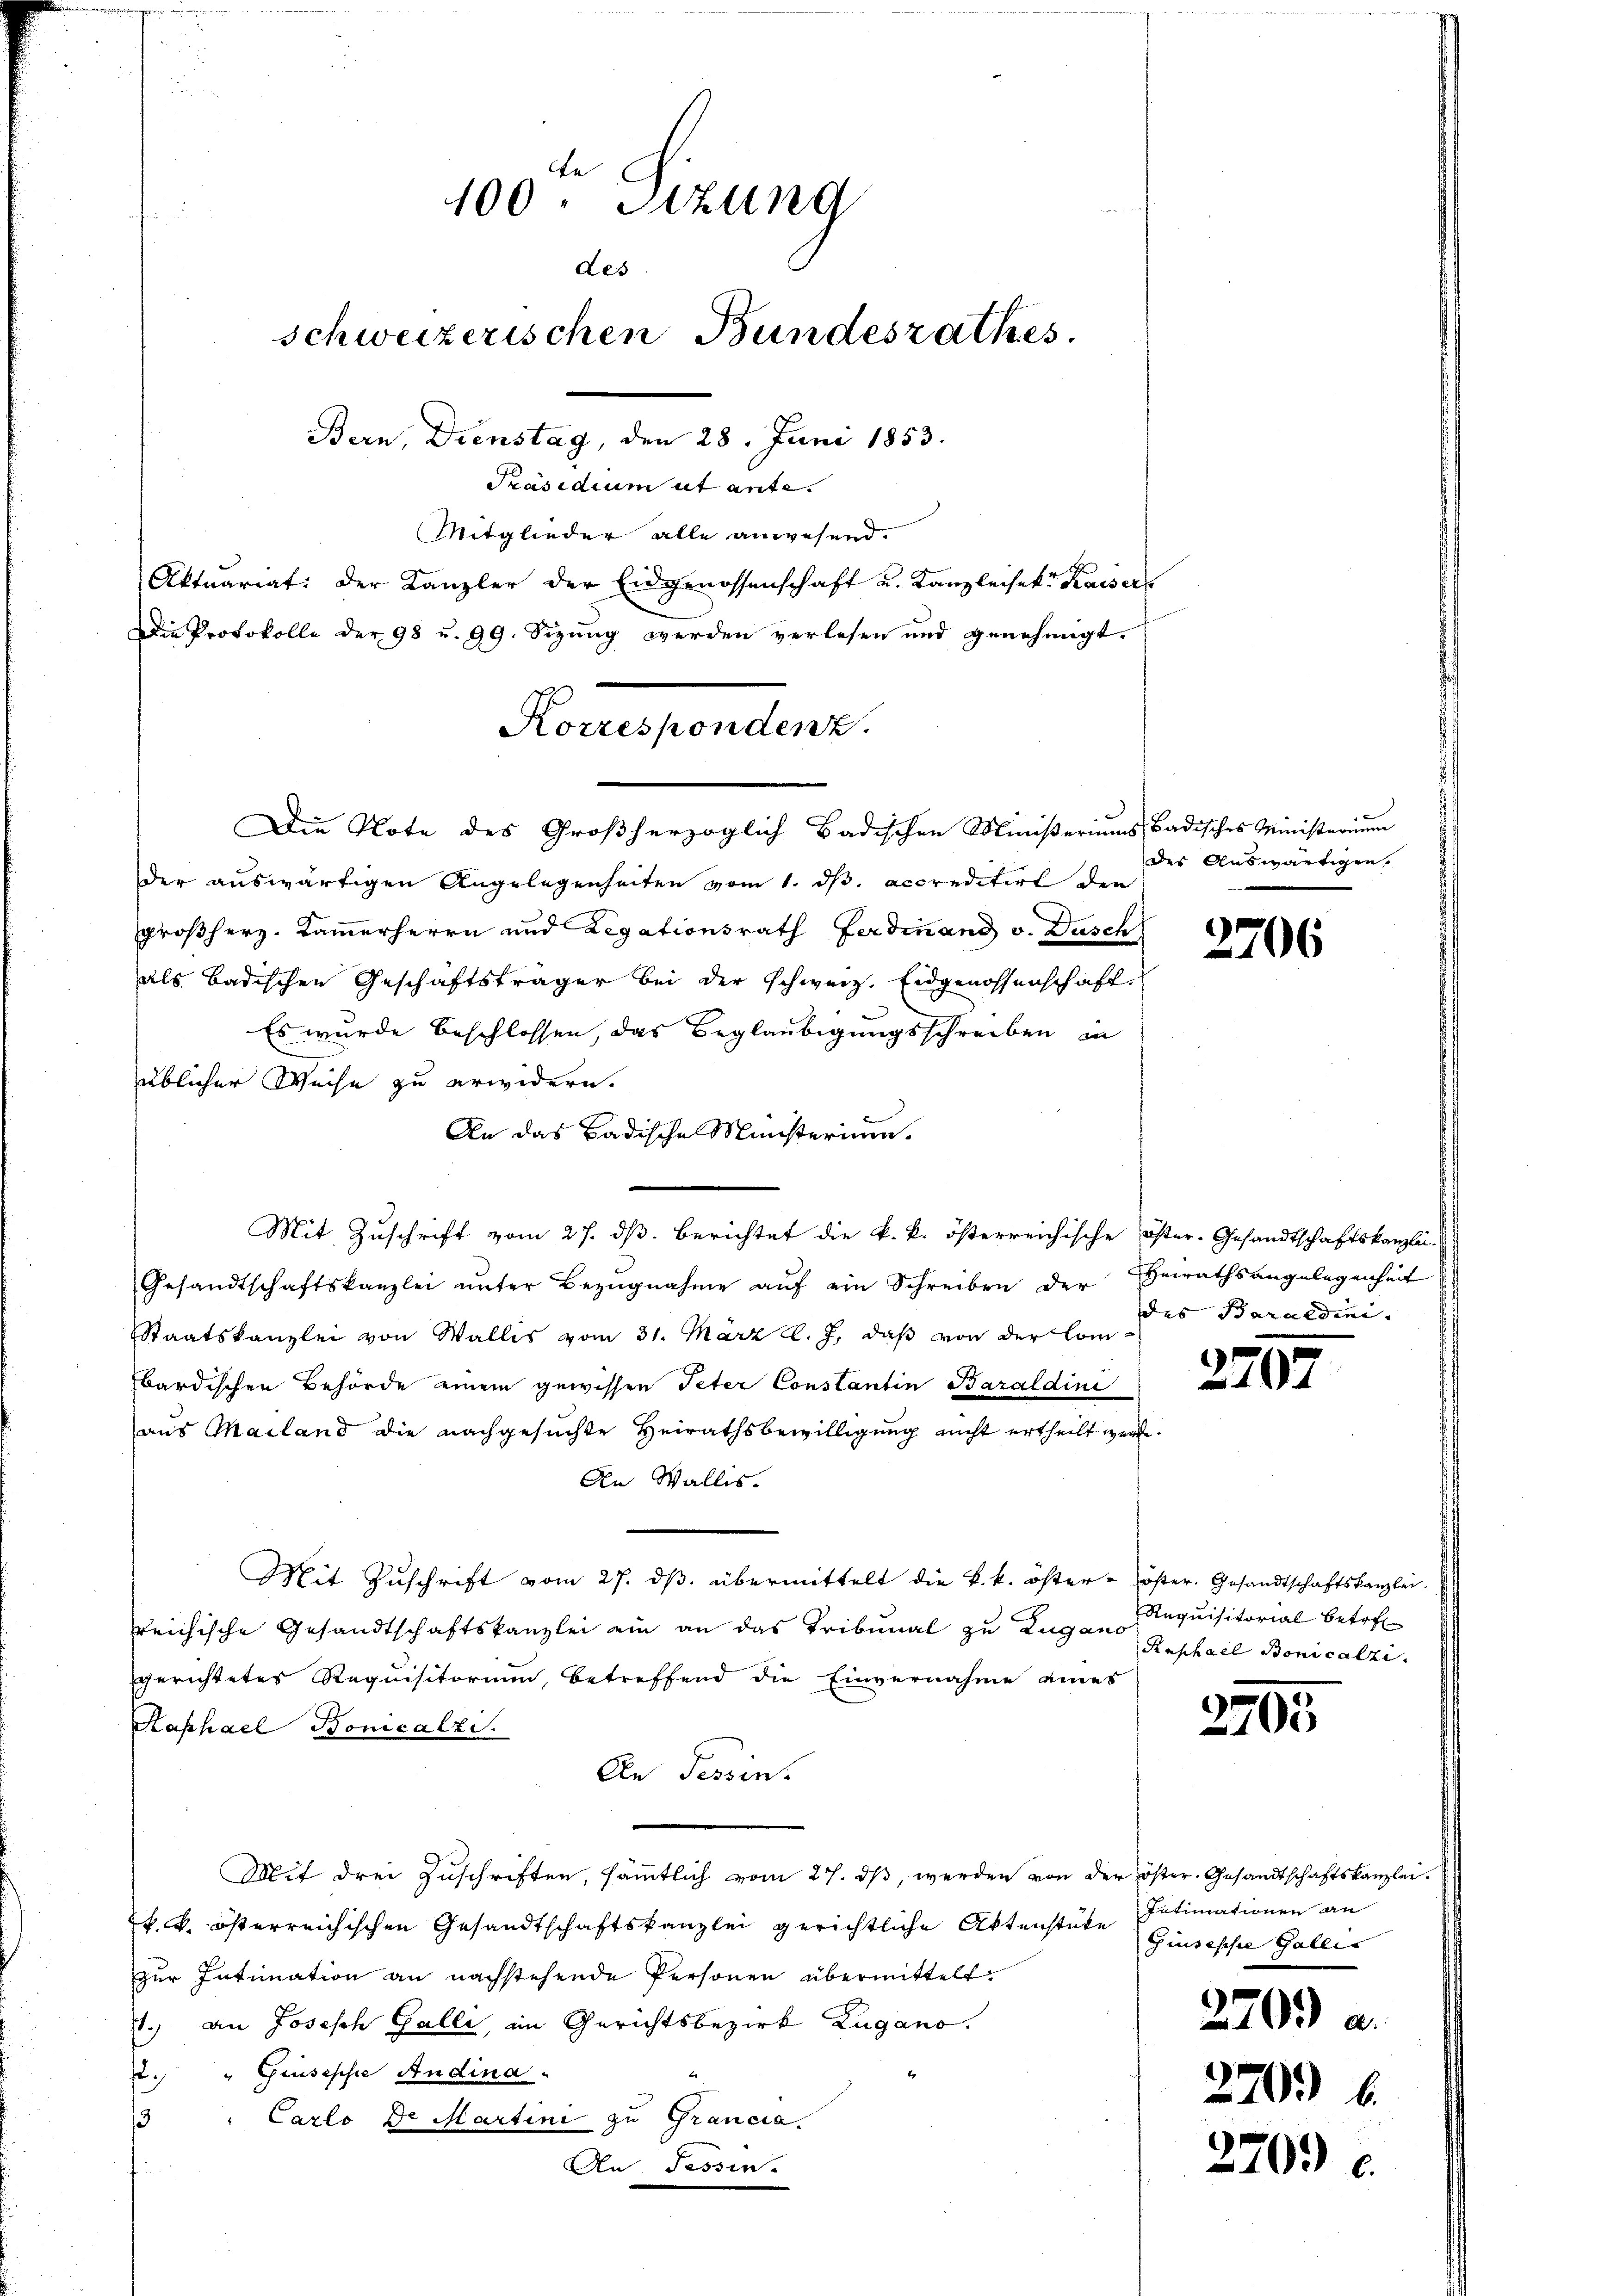
100. Sitzung
des
schweizerischen Bundesrathes.
Bern, Dienstag, den 28. Juni 1853.
Präsidium ut ante.
Mitglieder alle anwesend.
Aktuariat: der Kanzler der Eidgenossenschaft u. Kanzleiset. Kaisers

Die Note des Großherzoglich Badischen Ministeriums Badisches Ministerium
der auswärtigen Angelegenheiten vom 1. d. accreditirt die
großherz. Cammerherrn und Legationsrath Ferdinand v. Dusch
als Badischen Geschäftsträger bei der schweiz. Eidgenossenschaft
Es wurde beschlossen, das Beglaubigungsschreiben in
üblicher Weise zu erwidern.
An das Badische Ministerium.
Mit Zuschrift vom 27. dß. Berichtet die k. k. österreichische öster-Gesandtschaftskanzlei-
Gesandtschaftskanzlei ŭnter Bezŭgnahme aŭf ein Schreiben der Heirathsangelegenheit
Staatskanzlei von Wallis vom 31. März l. J., daß von der Com-
bardischen Behörde einem gewissen Peter Constantin Baraldini
aus Mailand die nachgesuchte Heirathsbewilligung nicht ertheilt werde.
An Wallis.
Mit Zŭschrift vom 27. dβ übermittelt die k. k. öster - öster. Gesandtschaftskanzlei.
reichische Gesandtschaftskanzlei ein an das Tribunal zu Zugano
gerichtetes Requisitorium, betreffend die Einvernahme eines
Kaphael Bonicalze.
An Tessin.
Mit drei Zuschriften, sämmtlich vom 27. ds, werden von der öster. Gesandtschaftskanzlei.
k. k. österreichischen Gesandtschaftskanzlei gerichtliche Aktenstute Ginsesche Galler
zŭr Intimation an nachstehende Personen übermittelt.
.) an Josisch Galli, im Gerichtsbezirk Zugano.
2. " Giuseppe Audina
Carlo de Martini zu Grancia.
s
An Tessin.

Die Protokolle der 98 u. 99. Sizung werden verlesen und genehmigt.
Korrespondenz.

des Auswärtigen.

2706

des Baraldini-

270.

Requisitorial betref
Raphael Bonicalzi

2405

Intimationen an
270.) a.

20

270.